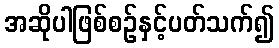
အဆိုပါဖြစ်စဉ်နှင့်ပတ်သက်၍